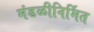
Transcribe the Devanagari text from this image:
मंडळीनिर्मित